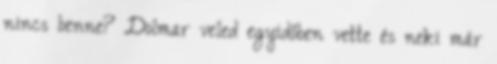
nincs benne? Dolmar veled egyidőben vette és neki már